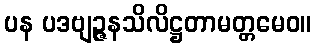
ပန ပဒဗျဉ္ဇနသိလိဋ္ဌတာမတ္တမေဝ။